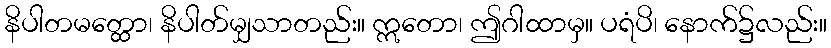
နိပါတမတ္ထော၊ နိပါတ်မျှသာတည်း။ ဣတော၊ ဤဂါထာမှ။ ပရံပိ၊ နောက်၌လည်း။